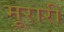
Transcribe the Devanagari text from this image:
मूरारी